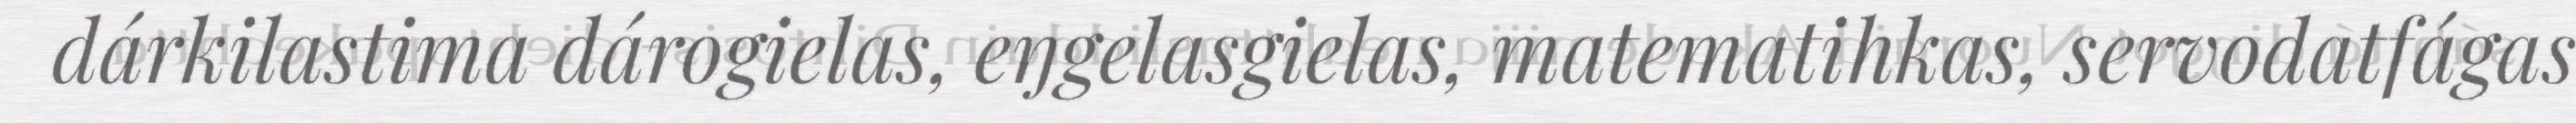
dárkilastima dárogielas, eŋgelasgielas, matematihkas, servodatfágas